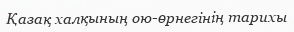
Қазақ халқының ою-өрнегінің тарихы